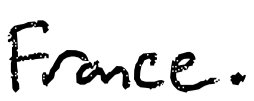
Text: France.
Cross-out: clean
Writing tool: digital_black